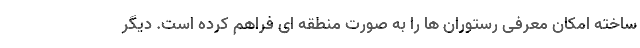
ساخته امکان معرفی رستوران ها را به صورت منطقه ای فراهم کرده است. دیگر